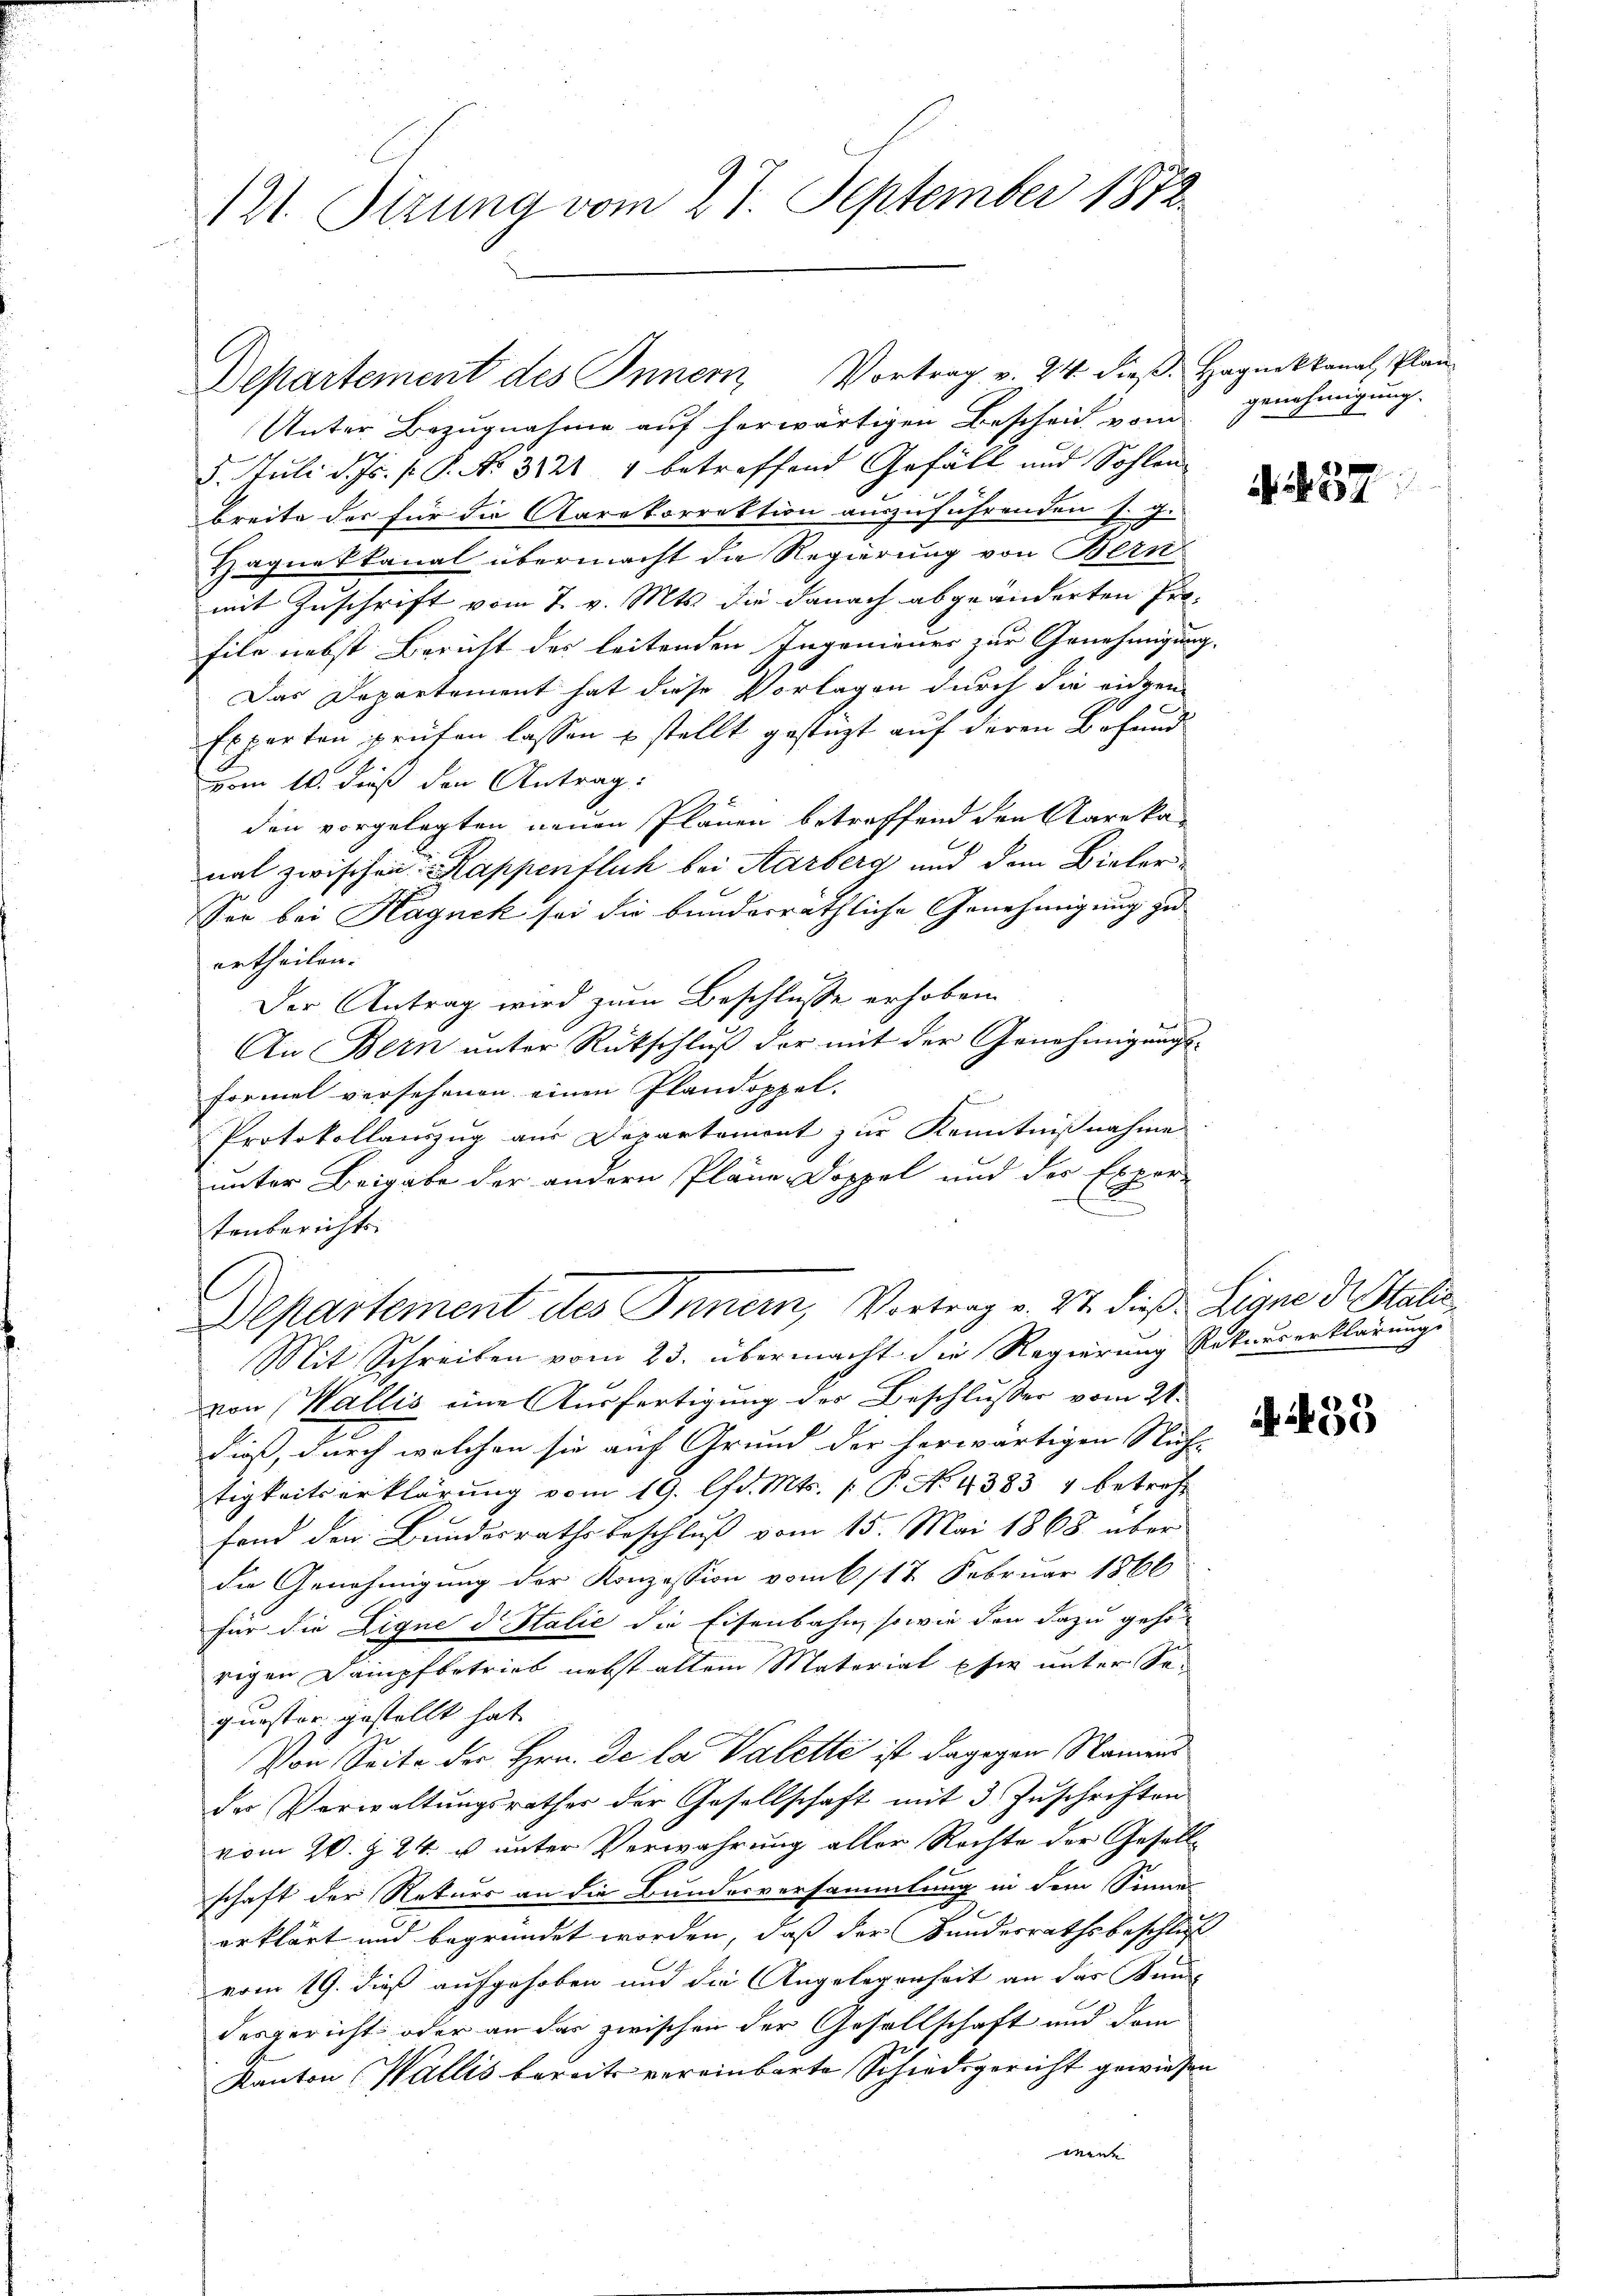
121. Sitzung vom 27. September 1872.

Unter Bezugnahme auf herwärtigen Bescheid vom genehmigung.
5. Juli d. Js. [ P. No 3821 1 betreffend Gefäll und Sohlen
breite der für die Karakorrektion anzuführenden s. g.
Haquekkanal übermacht die Regierung von Bern
mit Zuschrift vom 7. v. Mts. die danach abgeänderten Pro-
file nebst Bericht des leitenden Ingenieurs zur Genehmigung.
Das Departement hat diese Vorlagen durch die eidgen
Experten prüfen lassen u stellt gestüzt auf deren Befund
vom 10. dieß den Antrag:
den vorgelegten neuen Plänen betreffend den Karaka-
nal zwischen Kappenflich bei Aarberg und dem Bieler-
Sei bei Hagnek sei die bunderräthliche Genehmigung zu
ertheilen.
Der Antrag wird zum Beschlüsse erhoben.
An Bern unter Rückschluß der mit der Genehmigungsformel versehenen einen Plandoppel.
s
Protokollauszug aus Departement zur Kenntnißnahme
unter Beigabe der andern Pläne Doppel und der Expor-
tenberichts
Departement des Innern, Vortrag v. 27. dieß Ligne der Stalis
Mit Schreiben vom 23. übermacht die Regierung Rekurserklärungs
von (Wallis eine Ausfertigung des Beschlusser vom 21.
dieß, durch welchen sie auf Grund der herwärtigen Nuh-
tigkeitserklärung vom 19. lfd. Mts. 1 P. No 4383 4 betreff
fond den Bundesrathsbeschluß vom 15. Mai 1868 über
die Genehmigung der Konzession vom 6./17. Februar 1866
Für die Ligne d Italić die Eisenbahn, sowie den dazu gehe
rigen Dampfbetrieb nebst allem Material pfer unter Sequester gestellt hat.
Von Seite der Hrn. De la Valette ist dagegen Namens
der Verwaltŭngsrathes der Gesellschaft mit 3 Zŭschriften
vom 20. Z. 24. u. unter Verwahrung aller Rechte der Gesell-
schaft der Rekurs an die Bundesversammlung in dem Sinne
erklärt und begründet worden, daß der Bundesrathsbeschluß
vom 19. dieß aufgehoben und die Angelegenheit an der Kund-
desgericht oder an das zwischen der Gesellschaft und dem
Kanton Wallis bereits vereinbarte Schiedsgericht gewiesen
wene

Departement des Innern Vortrag v. 24. dieß. Hagnokkanal, Plan

33